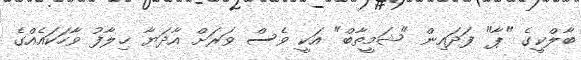
ބާލްކީގެ "ޕާ" ފަދައިން "ޝަމީތާބް" އަކީ ވެސް ވަރަށް އާދަޔާ ޚިލާފު ވާހަކައެއްގެ